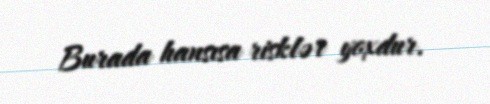
Burada hansısa risklər yoxdur.